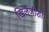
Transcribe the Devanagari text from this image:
खिलजीशी